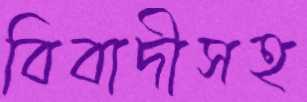
বিবাদীসহ